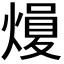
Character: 𪹢